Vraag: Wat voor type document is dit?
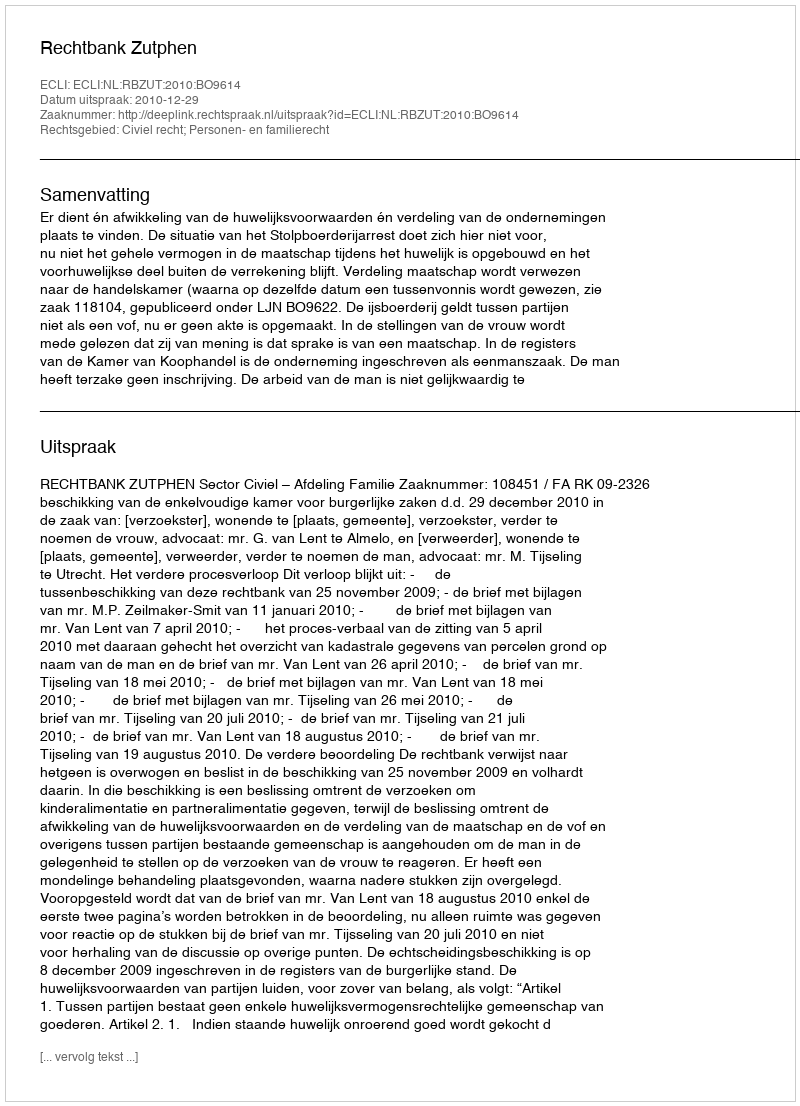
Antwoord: Uitspraak